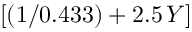
[ ( 1 / 0 . 4 3 3 ) + 2 . 5 \, Y ]